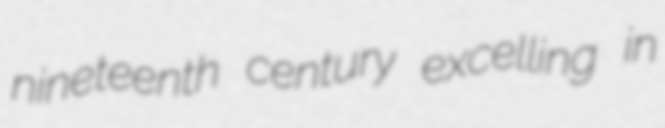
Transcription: nineteenth century excelling in